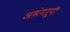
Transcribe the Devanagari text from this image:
अभंगरूपी